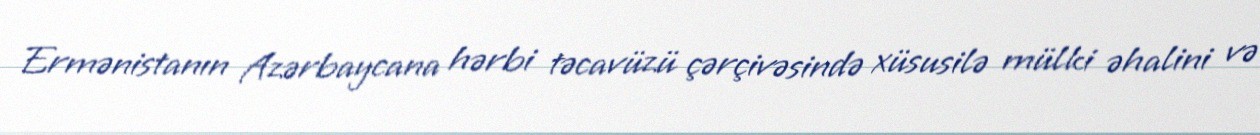
Ermənistanın Azərbaycana hərbi təcavüzü çərçivəsində xüsusilə mülki əhalini və